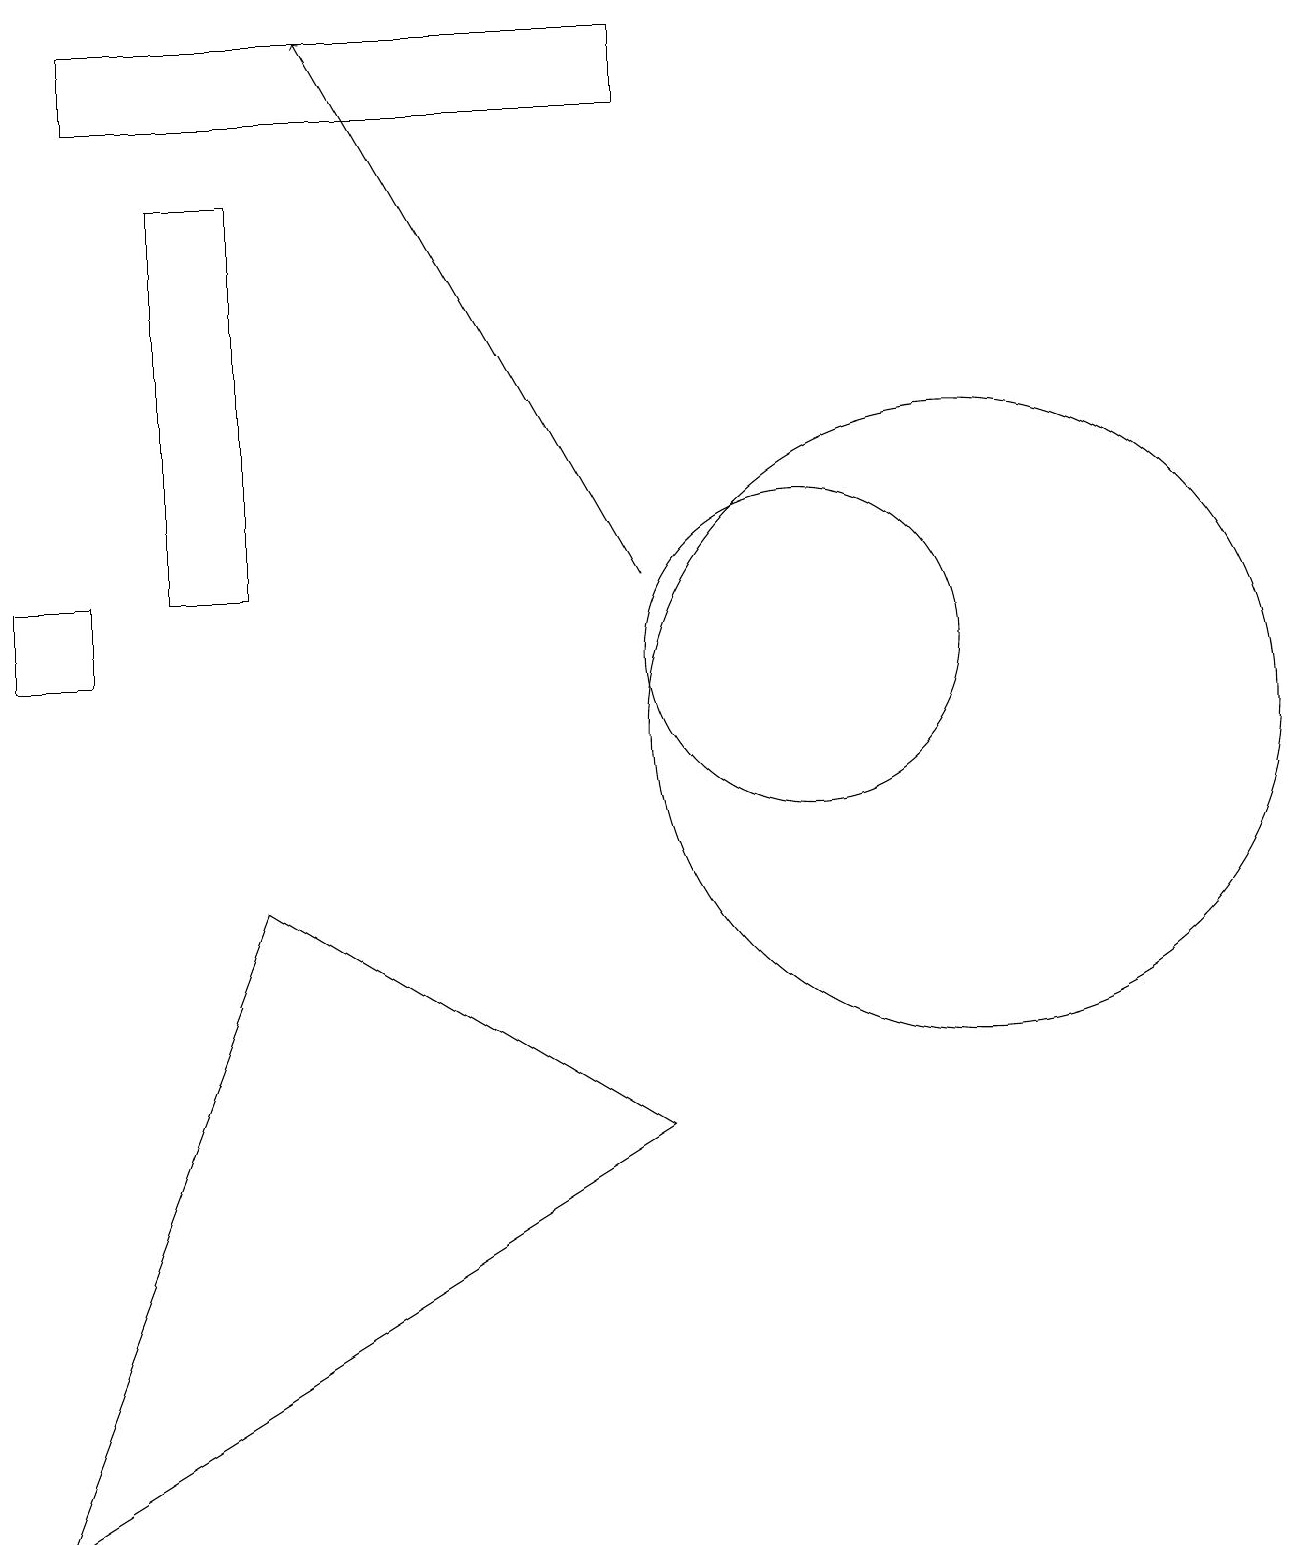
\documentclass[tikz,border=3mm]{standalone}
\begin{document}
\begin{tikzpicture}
\draw (3,8) -- (8,5) -- (0,0) -- cycle;
\draw (2,12) rectangle (3,17);
\draw[->] (8,12) -- (4,19);
\draw (12,10) circle (4);
\draw (0,11) rectangle (1,12);
\draw (10,11) circle (2);
\draw (1,18) rectangle (8,19);
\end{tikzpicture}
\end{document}